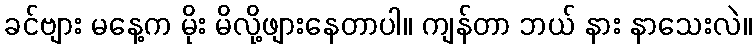
ခင်ဗျား မနေ့က မိုး မိလို့ဖျားနေတာပါ။ ကျန်တာ ဘယ် နား နာသေးလဲ။